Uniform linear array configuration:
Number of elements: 8
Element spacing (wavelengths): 0.75
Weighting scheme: uniform
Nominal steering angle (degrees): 15
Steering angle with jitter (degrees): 15.964
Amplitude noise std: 0.05
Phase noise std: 0.05

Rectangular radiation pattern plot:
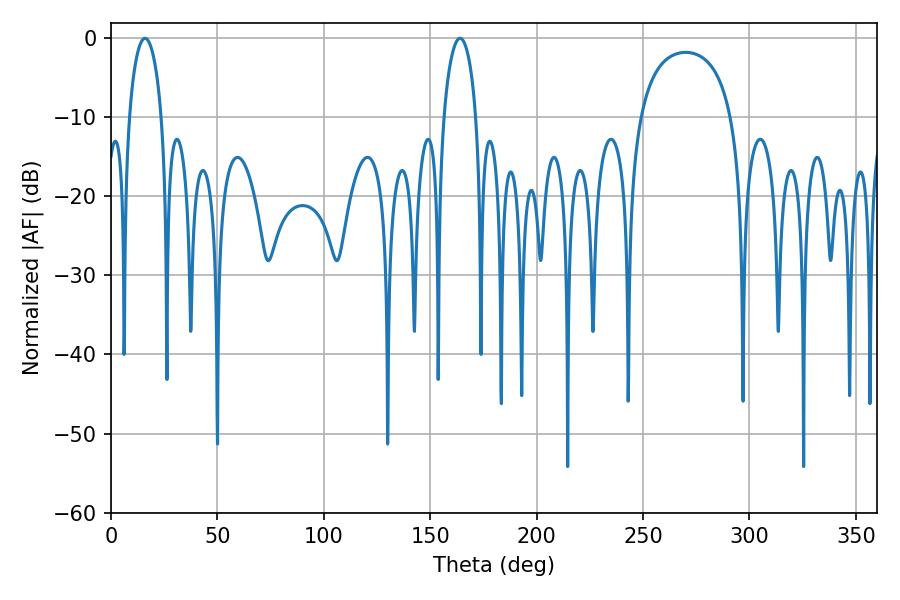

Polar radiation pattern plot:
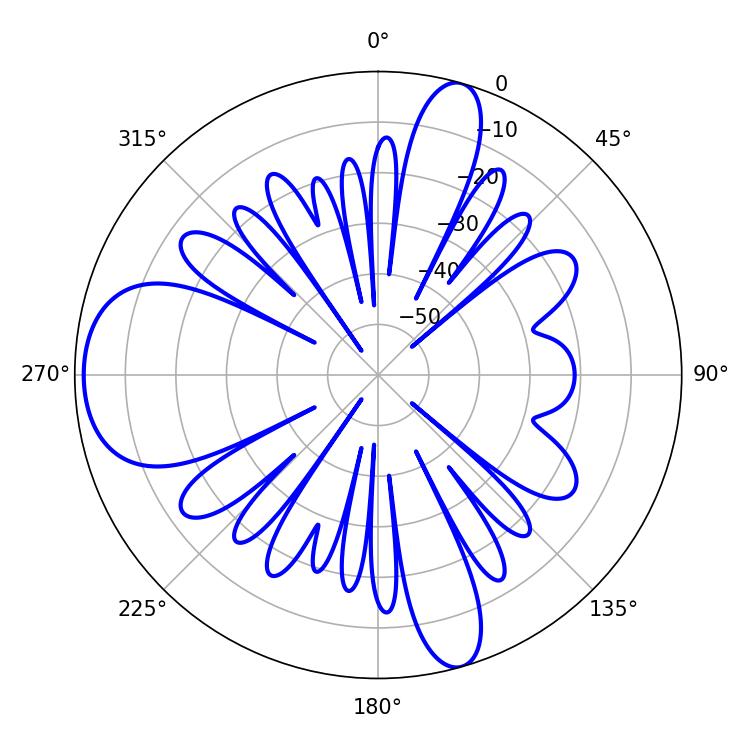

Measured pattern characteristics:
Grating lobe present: TRUE
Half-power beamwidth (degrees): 8.64
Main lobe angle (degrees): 16.02